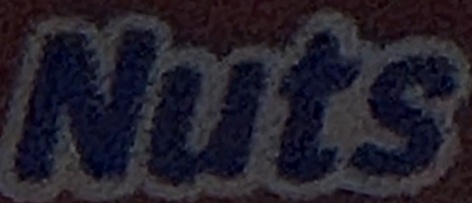
Nuts